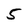
Character: 5